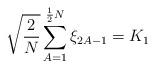
LaTeX: \begin{align*}\sqrt{\frac{2}{N}} \sum_{A=1}^{\frac{1}{2}N} \xi_{2A-1} = K_{1}\end{align*}